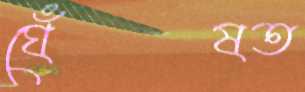
ঘেঁষত